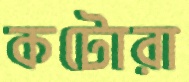
কটোরা